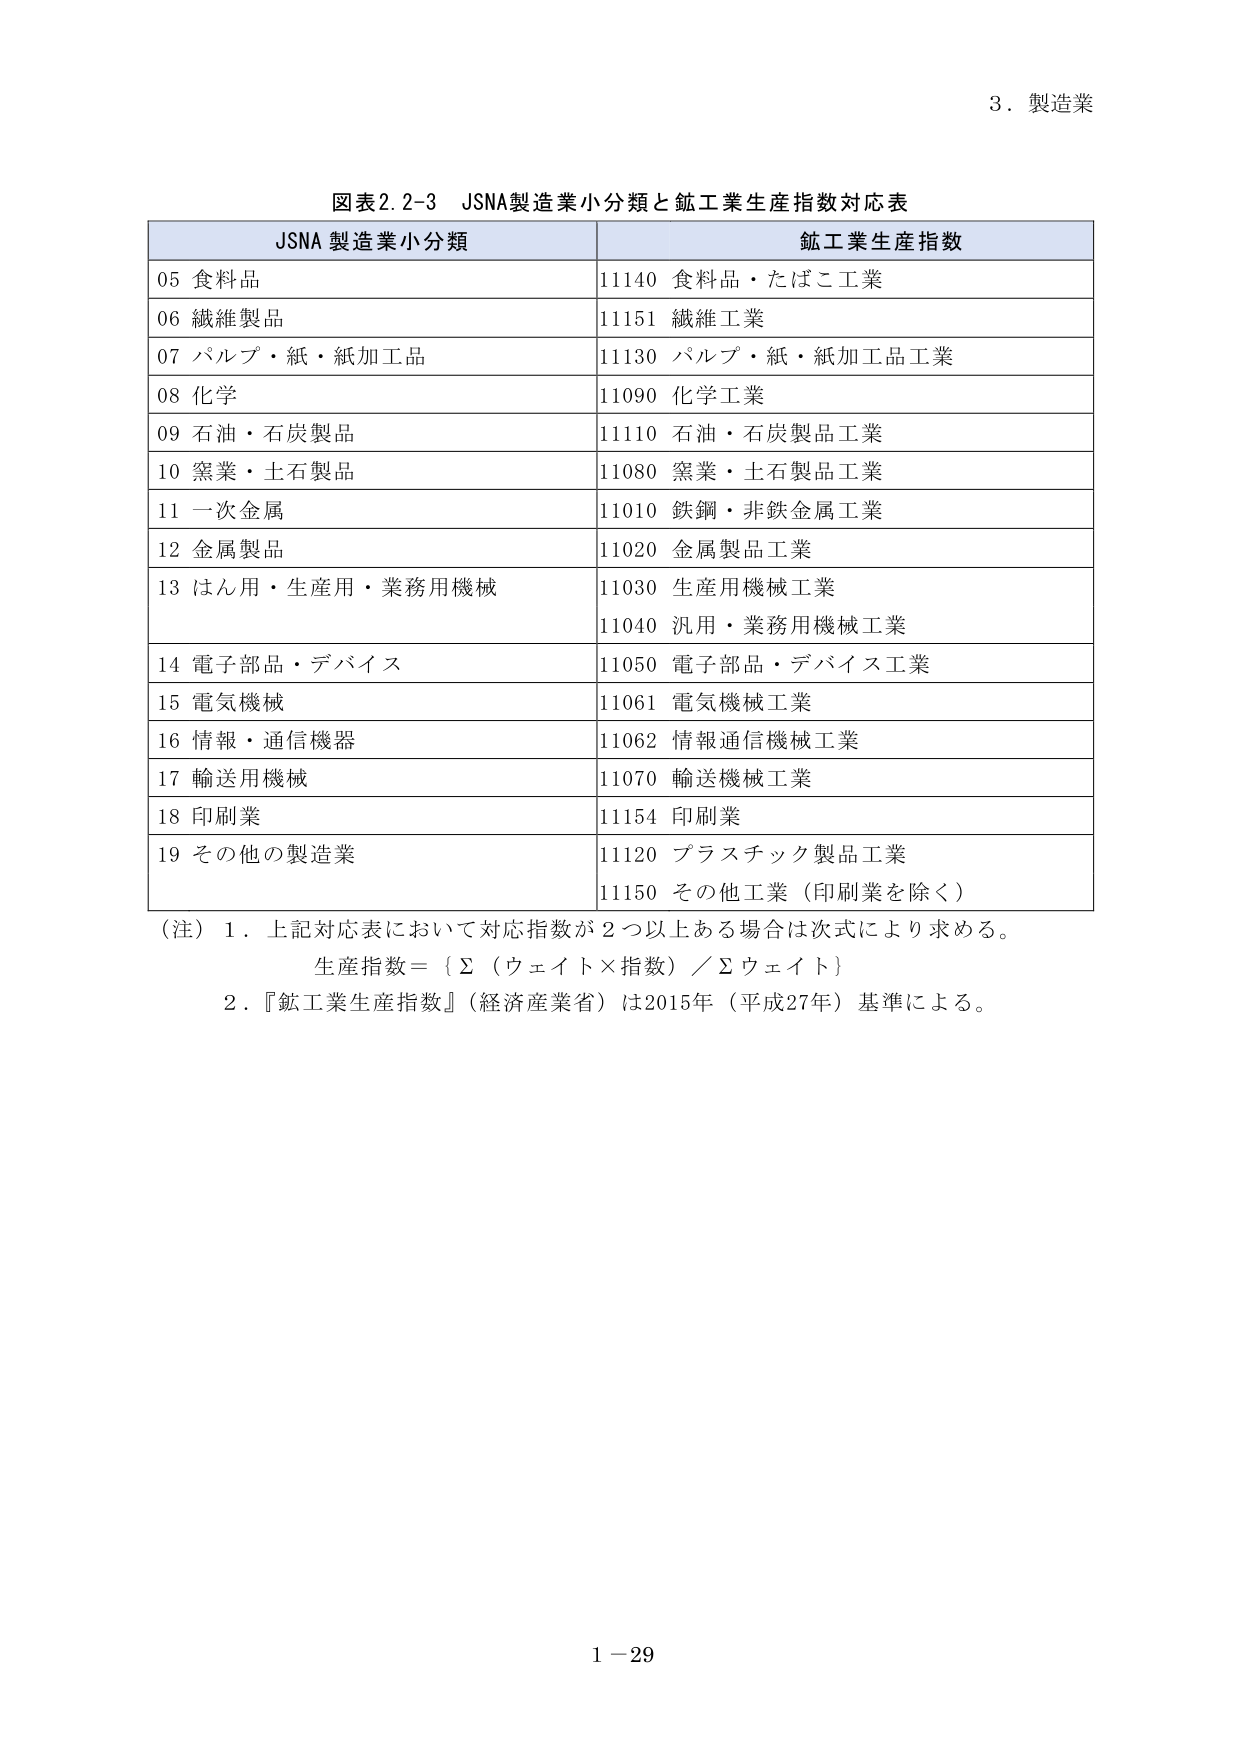
3．製造業

図表2.2-3 JSNA製造業小分類と鉱工業生産指数対応表

JSNA 製造業小分類　　　　　　　　　　　鉱工業生産指数

05 食料品　　　　　　　　　　　　　　　11140 食料品・たばこ工業
06 繊維製品　　　　　　　　　　　　　　11151 繊維工業
07 パルプ・紙・紙加工品　　　　　　　　11130 パルプ・紙・紙加工品工業
08 化学　　　　　　　　　　　　　　　　11090 化学工業
09 石油・石炭製品　　　　　　　　　　　11110 石油・石炭製品工業
10 窯業・土石製品　　　　　　　　　　　11080 窯業・土石製品工業
11 一次金属　　　　　　　　　　　　　　11010 鉄鋼・非鉄金属工業
12 金属製品　　　　　　　　　　　　　　11020 金属製品工業
13 はん用・生産用・業務用機械　　　　　11030 生産用機械工業
　　　　　　　　　　　　　　　　　　　　11040 汎用・業務用機械工業
14 電子部品・デバイス　　　　　　　　　11050 電子部品・デバイス工業
15 電気機械　　　　　　　　　　　　　　11061 電気機械工業
16 情報・通信機器　　　　　　　　　　　11062 情報通信機械工業
17 輸送用機械　　　　　　　　　　　　　11070 輸送機械工業
18 印刷業　　　　　　　　　　　　　　　11154 印刷業
19 その他の製造業　　　　　　　　　　　11120 プラスチック製品工業
　　　　　　　　　　　　　　　　　　　　11150 その他工業（印刷業を除く）

（注）1．上記対応表において対応指数が2つ以上ある場合は次式により求める。
　　　生産指数＝｛Σ（ウェイト×指数）／Σウェイト｝
　　2．『鉱工業生産指数』（経済産業省）は2015年（平成27年）基準による。

1－29